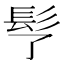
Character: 𩫶